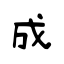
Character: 成